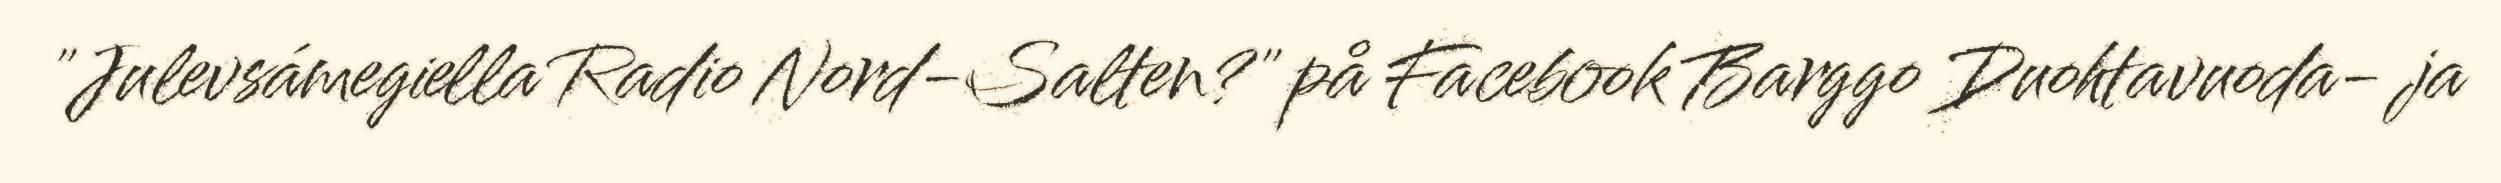
"Julevsámegiella Radio Nord-Salten?" på Facebook Barggo Duohtavuoda- ja